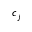
c _ { j }